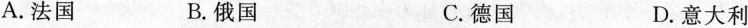
A.法国 B.俄国 C.德国 D.意大利